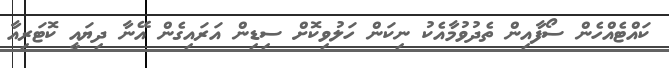
ކައްޓެއްހެން ސޯފާއިން ތެދުވުމާއެކު ނިކަން ހަލުވިކޮށް ސިޑިން އަރައިގެން އޭނާ ދިޔައީ ކޮޓަރިއާ